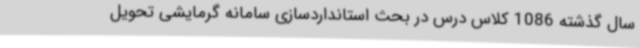
سال گذشته 1086 کلاس درس در بحث استانداردسازی سامانه گرمایشی تحویل